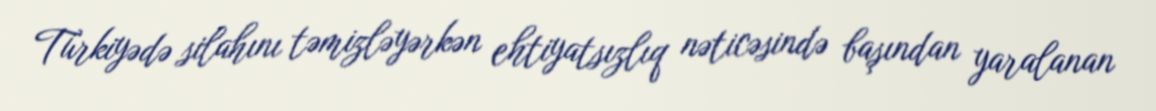
Türkiyədə silahını təmizləyərkən ehtiyatsızlıq nəticəsində başından yaralanan